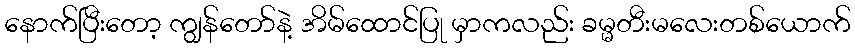
နောက်ပြီးတော့ ကျွန်တော်နဲ့ အိမ်ထောင်ပြု မှာကလည်း ခမ္မတီးမလေးတစ်ယောက်